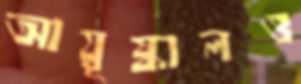
আয়ূষ্কালও